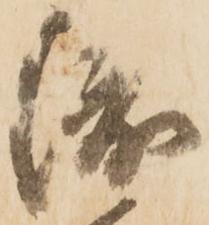
渡